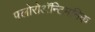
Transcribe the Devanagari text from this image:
फ्लोरोअॅन्टिमनिक